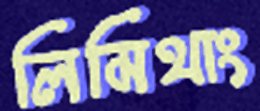
লিমিথাং